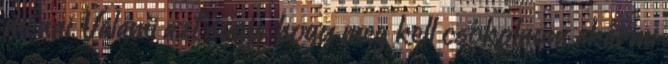
menni. Valami azt súgja, hogy meg kell csókolnom akármi